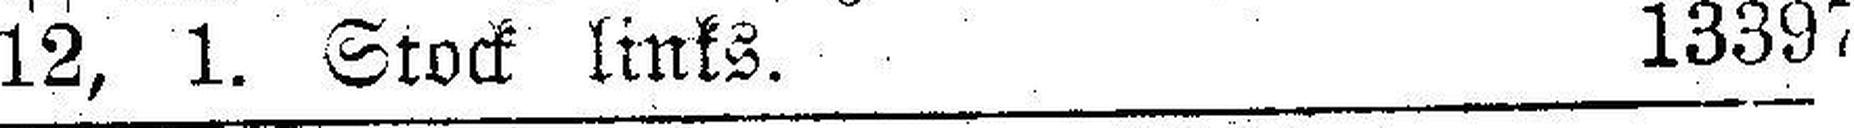
12, 1, Stock links. 13397